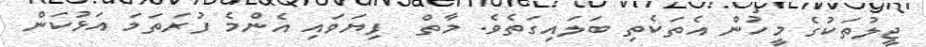
ޖީލުތަކުގެ މީހުން އެތަކެތި ބަލައިގަތެވެ. މާތް  ފިޔަވައި އެންމެ ފުރަތަމަ އަޅުކަން